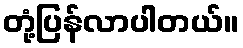
တုံ့ပြန်လာပါတယ်။